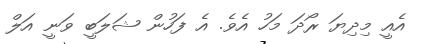
އެއީ މިދިޔަ ރޯދަ މަހު އެވެ. އެ ފަހުން ޝަލަބީ ވަނީ އަލް